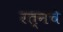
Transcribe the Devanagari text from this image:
रत्‍नचे